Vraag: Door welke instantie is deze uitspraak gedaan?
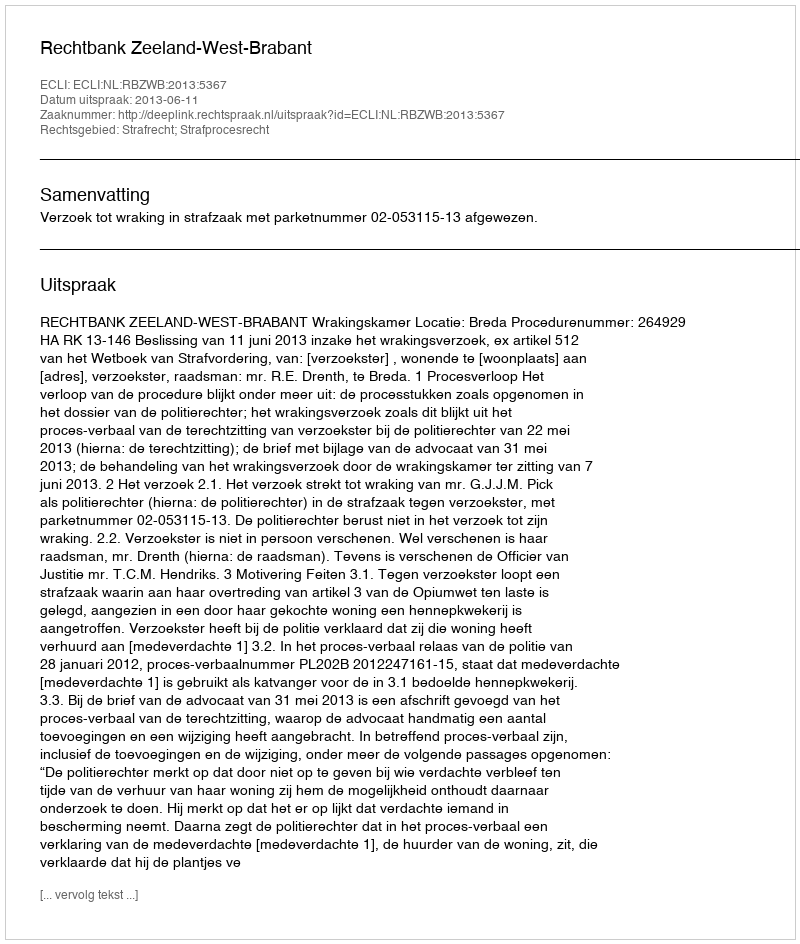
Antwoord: Rechtbank Zeeland-West-Brabant